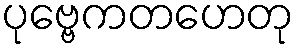
ပုဗ္ဗေကတဟေတု